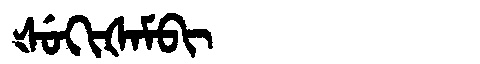
Manchu: ᡧᡠᡴᡳᡧᠠᠮᠪᡳ
Romanization: ŠUKIŠAMBI